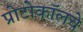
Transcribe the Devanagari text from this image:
प्रोटोकॉलचे